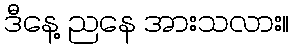
ဒီနေ့ ညနေ အားသလား။